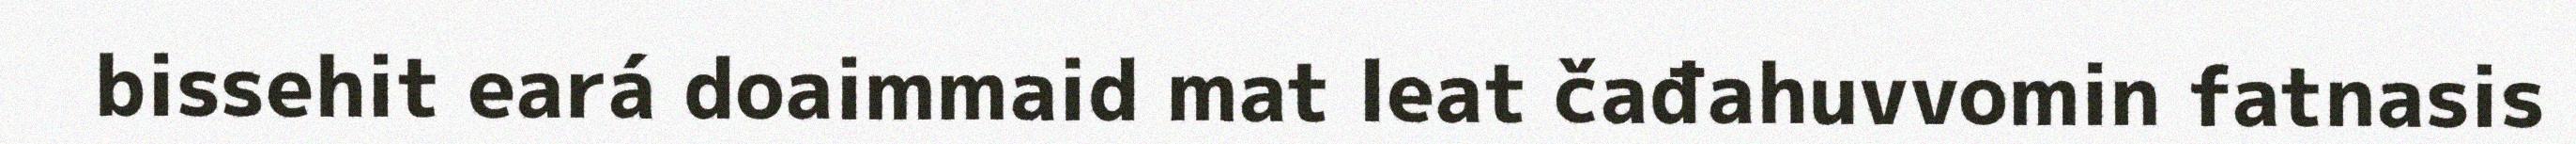
bissehit eará doaimmaid mat leat čađahuvvomin fatnasis